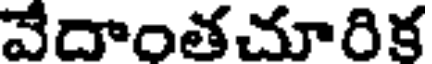
వేదాంతచూరిక